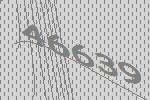
46639